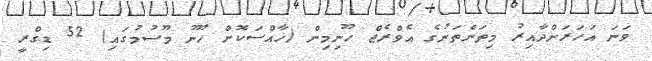
ވަނަ އަހަރަށްދާއިރު މިތަންތަނުގެ އެވްރެޖް ހޫނިމިން (ޚާއްސަކޮށް ހޫނު މޫސުމުގައި) 52 ޑިގްރީ